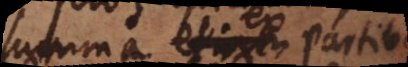
summa ex partibus